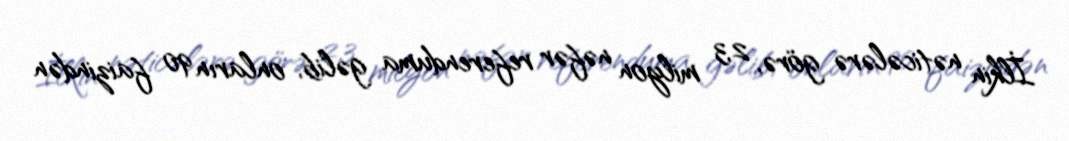
İlkin nəticələrə görə, 2,3 milyon nəfər referenduma gəlib, onların 90 faizindən